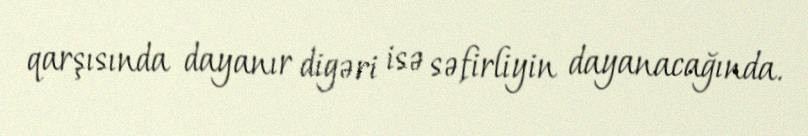
qarşısında dayanır digəri isə səfirliyin dayanacağında.